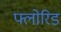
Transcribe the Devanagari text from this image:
फ्लोरिड